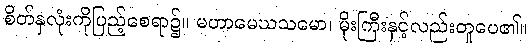
စိတ်နှလုံးကိုပြည့်စေရာ၌။ မဟာမေဃသမော၊ မိုးကြီးနှင့်လည်းတူပေ၏။